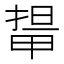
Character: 𭻛